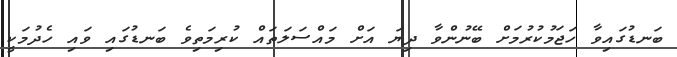
ބަނޑުގައިވާ ހަޖަމުކުރުމަށް ބޭނުންވާ ދިޔަ އަށް މައްސަލަތައް ކުރިމަތިވެ ބަނޑުގައި ވައި ހެދުމަކީ